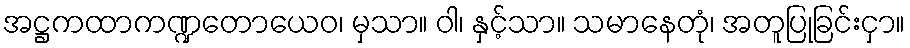
အဋ္ဌကထာကဏ္ဍတောယေဝ၊ မှသာ။ ဝါ၊ နှင့်သာ။ သမာနေတုံ၊ အတူပြုခြင်းငှာ။